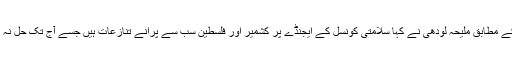
تفصیلات کے مطابق ملیحہ لودھی نے کہا سلامتی کونسل کے ایجنڈے پر کشمیر اور فلسطین سب سے پرانے تنازعات ہیں جسے آج تک حل نہ کیا جا سکا۔